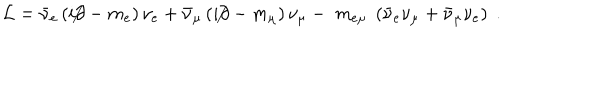
LaTeX: { \cal L } = { \bar { \nu } } _ { e } \left( i \not \partial - m _ { e } \right) \nu _ { e } + { \bar { \nu } } _ { \mu } \left( i \not \partial - m _ { \mu } \right) \nu _ { \mu } - \; m _ { e \mu } \; \left( { \bar { \nu } } _ { e } \nu _ { \mu } + { \bar { \nu } } _ { \mu } \nu _ { e } \right) \; .